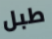
طبل